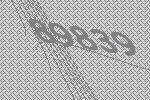
89839